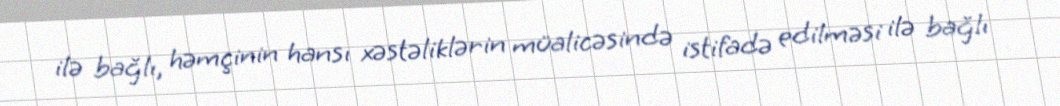
ilə bağlı, həmçinin hansı xəstəliklərin müalicəsində istifadə edilməsi ilə bağlı